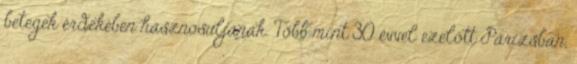
betegek érdekében hasznosuljanak. Több mint 30 évvel ezelôtt Párizsban,